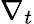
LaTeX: \nabla_{t}